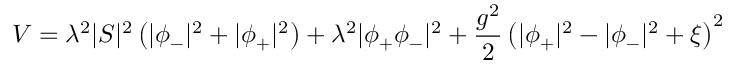
V = \lambda ^ { 2 } | S | ^ { 2 } \left( | \phi _ { - } | ^ { 2 } + | \phi _ { + } | ^ { 2 } \right) + \lambda ^ { 2 } | \phi _ { + } \phi _ { - } | ^ { 2 } + { \frac { g ^ { 2 } } { 2 } } \left( | \phi _ { + } | ^ { 2 } - | \phi _ { - } | ^ { 2 } + \xi \right) ^ { 2 }